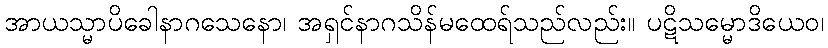
အာယသ္မာပိခေါနာဂသေနော၊ အရှင်နာဂသိန်မထေရ်သည်လည်း။ ပဋိသမ္မောဒိယေဝ၊